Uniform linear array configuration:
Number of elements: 64
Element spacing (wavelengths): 1
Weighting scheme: exponential
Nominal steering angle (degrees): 45
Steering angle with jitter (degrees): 44.597
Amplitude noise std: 0.05
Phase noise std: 0.05

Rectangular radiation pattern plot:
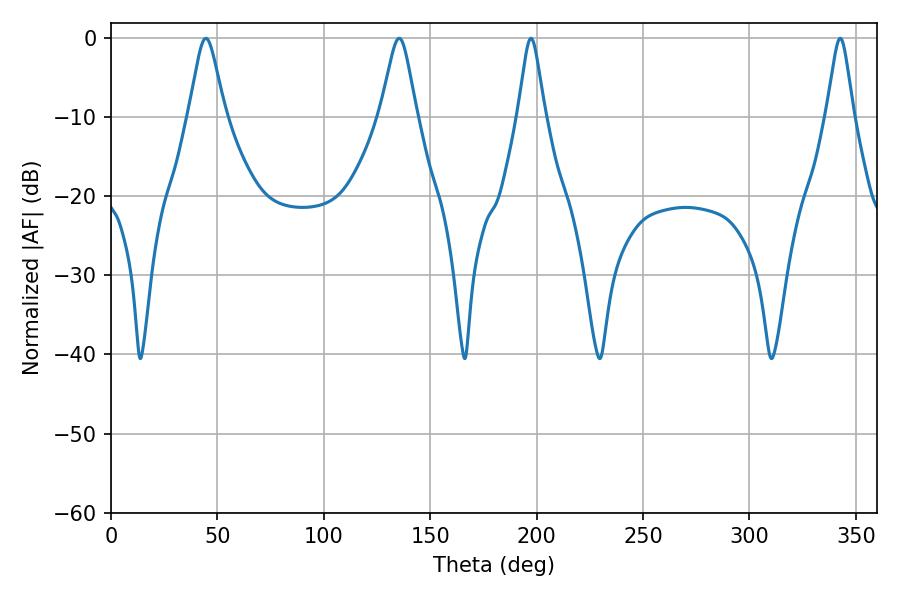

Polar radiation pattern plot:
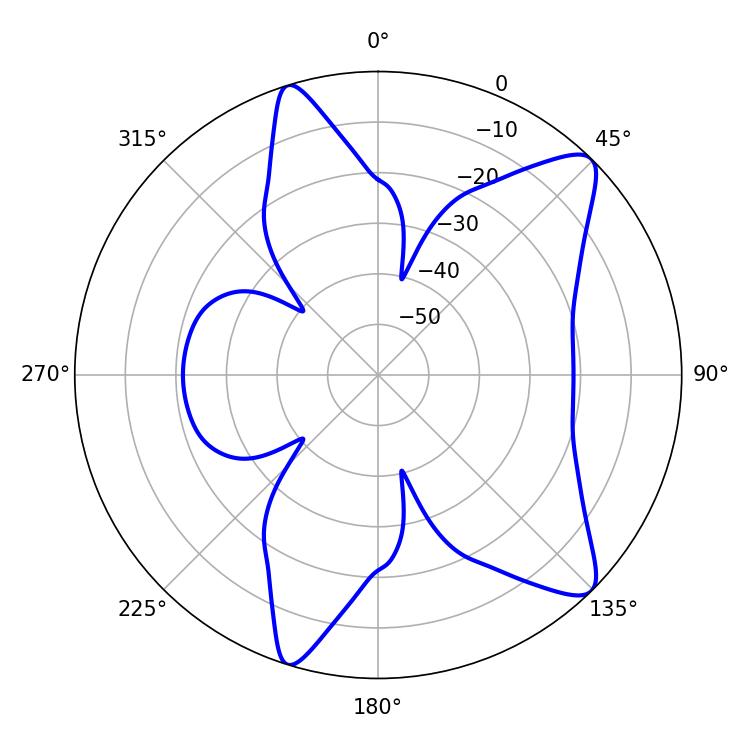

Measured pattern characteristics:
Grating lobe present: TRUE
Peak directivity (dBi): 10.598
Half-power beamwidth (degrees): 8.1
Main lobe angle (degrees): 44.64